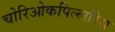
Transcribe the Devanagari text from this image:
चोरिओकपिल्लरिस